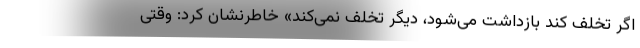
اگر تخلف کند بازداشت می‌شود، دیگر تخلف نمی‌کند» خاطرنشان کرد: وقتی